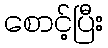
စောင့်ပြီး